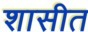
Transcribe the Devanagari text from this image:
शासीत